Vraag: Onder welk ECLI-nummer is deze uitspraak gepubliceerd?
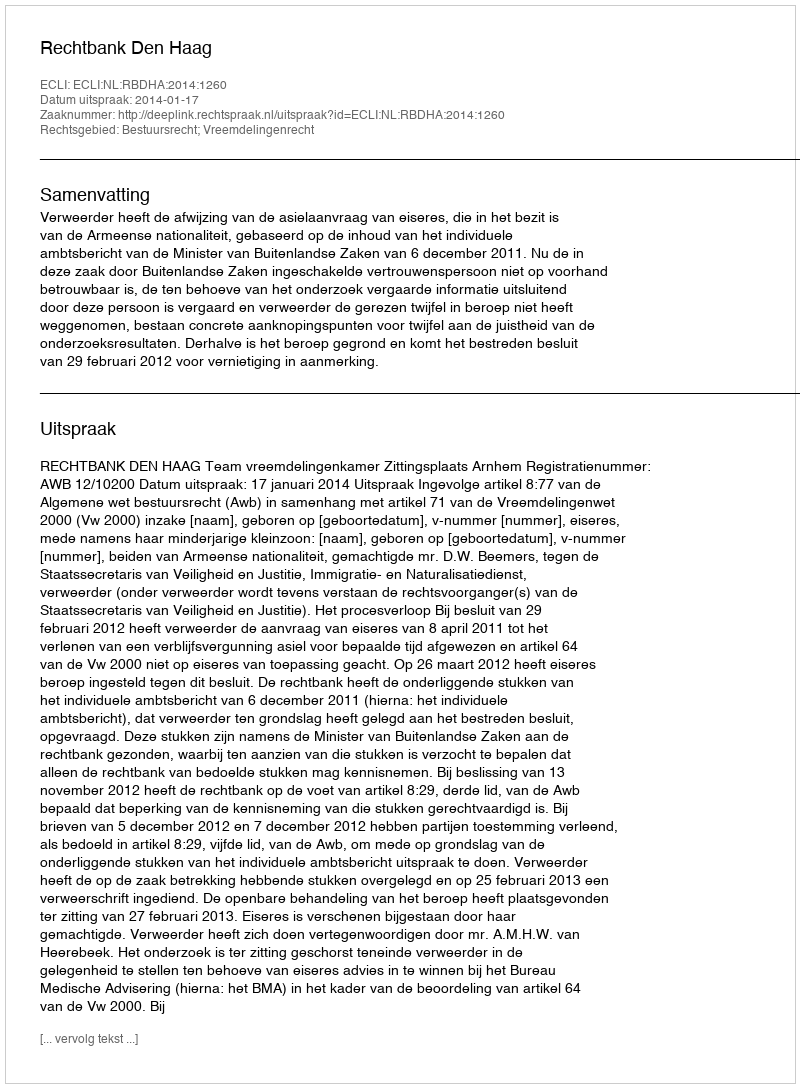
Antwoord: ECLI:NL:RBDHA:2014:1260